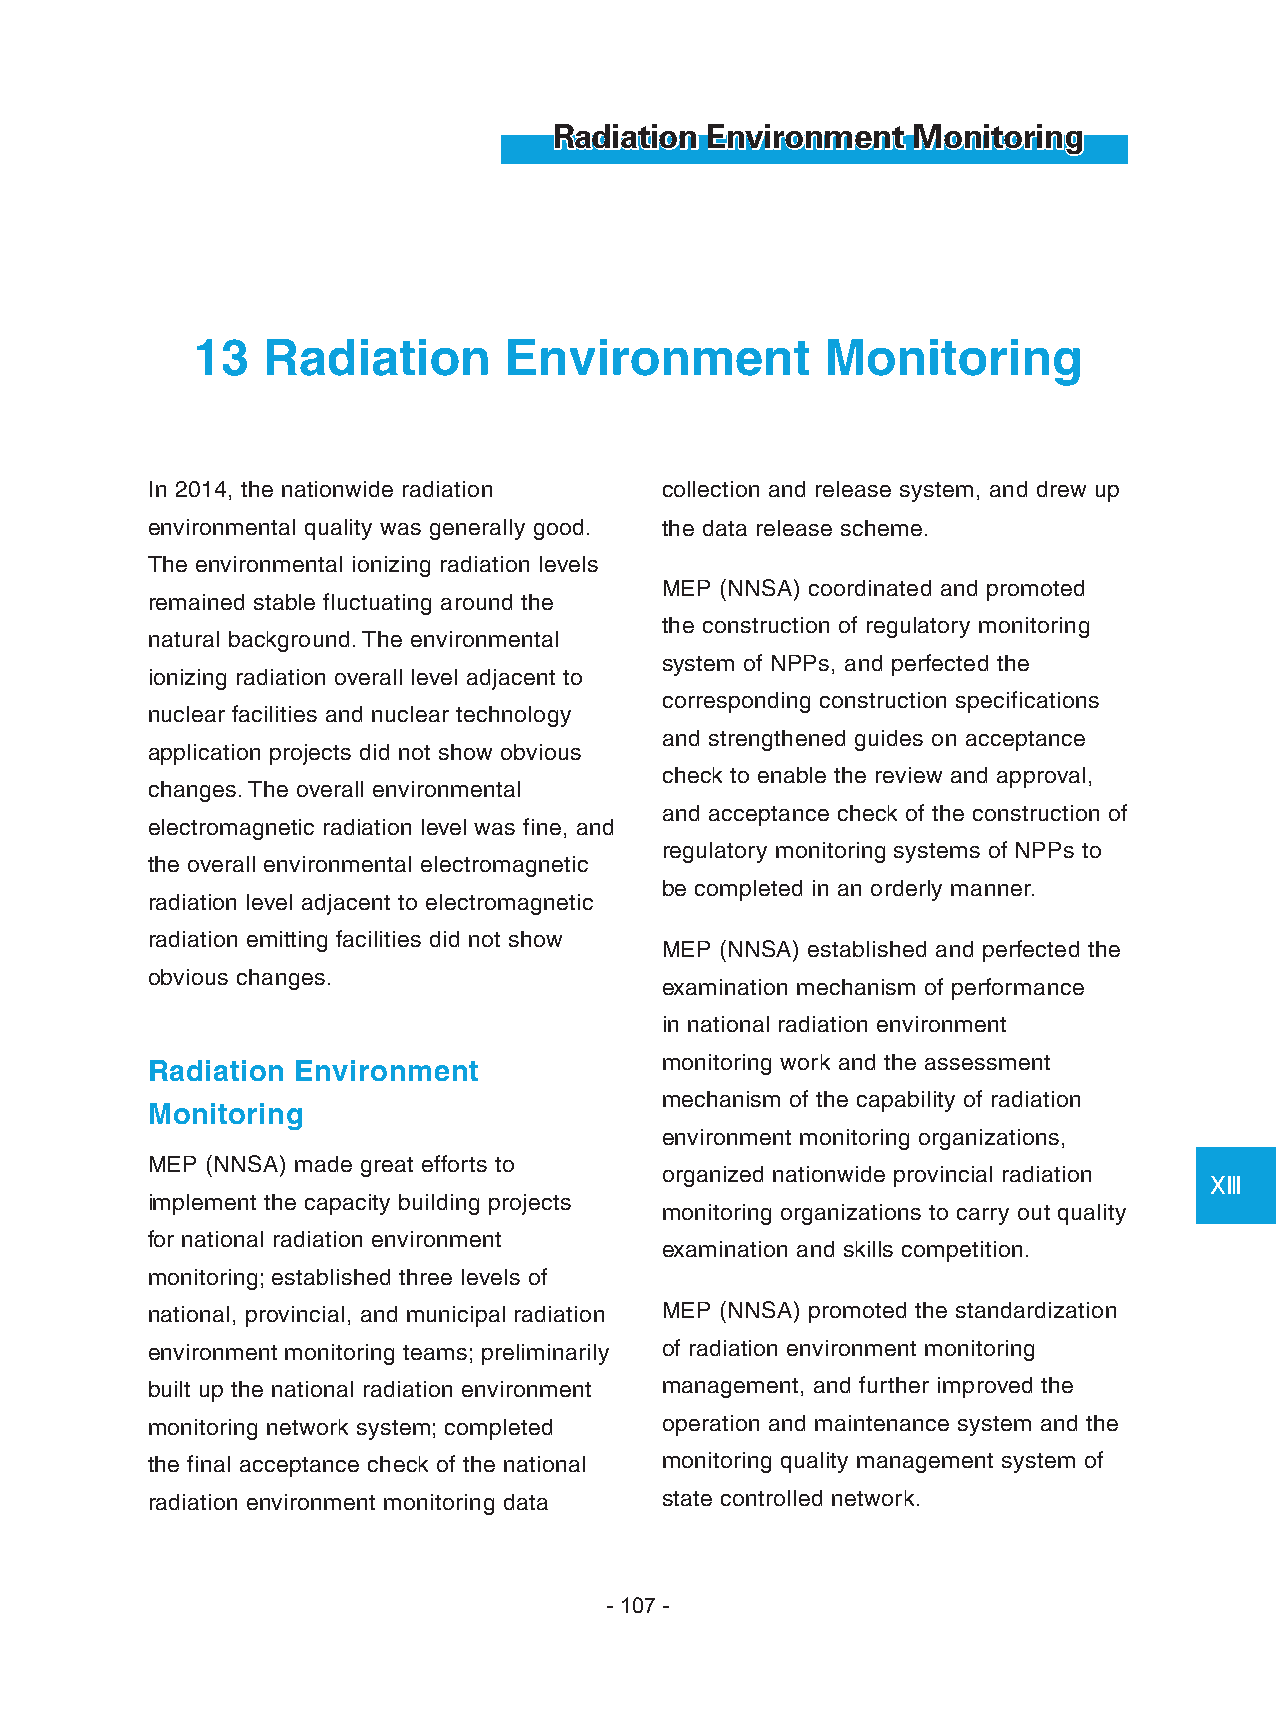
Radiation Environment  Monitoring
 13  Radiation       Environment           Monitoring
 In 2014, the nationwide radiation collection and release system, and drew up
 environmental quality was generally good. the data release scheme.
 The environmental ionizing radiation levels
 MEP (NNSA) coordinated and promoted
 remained stable fluctuating around the
 the construction of regulatory monitoring
 natural background. The environmental
 system of NPPs, and perfected the
 ionizing radiation overall level adjacent to
 corresponding construction specifications
 nuclear facilities and nuclear technology
 and strengthened guides on acceptance
 application projects did not show obvious
 check to enable the review and approval,
 changes. The overall environmental
 and acceptance check of the construction of
 electromagnetic radiation level was fine, and
 regulatory monitoring systems of NPPs to
 the overall environmental electromagnetic
 be completed in an orderly manner.
 radiation level adjacent to electromagnetic
 radiation emitting facilities did not show
 MEP (NNSA) established and perfected the
 obvious changes.
 examination mechanism of performance
 in national radiation environment
 monitoring work and the assessment
 Radiation Environment
 mechanism of the capability of radiation
 Monitoring
 environment monitoring organizations,
 MEP (NNSA) made great efforts to
 organized nationwide provincial radiation
 ⅩⅢ
 implement the capacity building projects
 monitoring organizations to carry out quality
 for national radiation environment
 examination and skills competition.
 monitoring; established three levels of
 national, provincial, and municipal radiation MEP (NNSA) promoted the standardization
 environment monitoring teams; preliminarily of radiation environment monitoring
 built up the national radiation environment management, and further improved the
 monitoring network system; completed operation and maintenance system and the
 the final acceptance check of the national monitoring quality management system of
 radiation environment monitoring data state controlled network.
 - 107 -